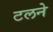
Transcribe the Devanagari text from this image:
टलने